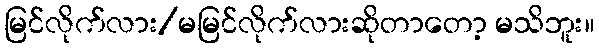
မြင်လိုက်လား/မမြင်လိုက်လားဆိုတာတော့ မသိဘူး။